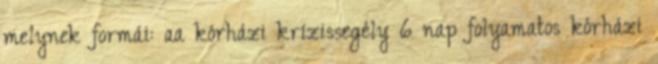
melynek formái: aa kórházi krízissegély 6 nap folyamatos kórházi